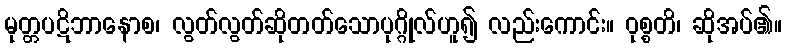
မုတ္တပဋိဘာနောစ၊ လွတ်လွတ်ဆိုတတ်သောပုဂ္ဂိုလ်ဟူ၍ လည်းကောင်း။ ဝုစ္စတိ၊ ဆိုအပ်၏။